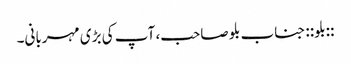
::بلو:: جناب بلو صاحب، آپ کی بڑی مہربانی۔